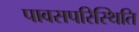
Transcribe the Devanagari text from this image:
पावसपरिस्थिति